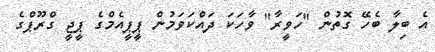
އެ ބިލާ ބެހޭ ގޮތުން "ހަވީރާ" ވާހަކަ ދައްކަވަމުން ޕީޕީއެމްގެ ޕީޖީ ގްރޫޕްގެ